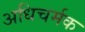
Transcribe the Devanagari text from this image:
अधिचर्मक